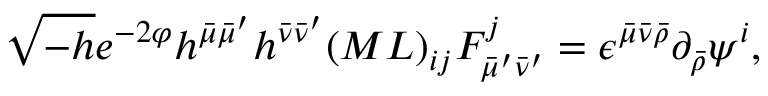
\sqrt { - h } e ^ { - 2 \varphi } h ^ { \bar { \mu } \bar { \mu } ^ { \prime } } h ^ { \bar { \nu } \bar { \nu } ^ { \prime } } ( M L ) _ { i j } { \cal F } _ { \bar { \mu } ^ { \prime } \bar { \nu } ^ { \prime } } ^ { j } = \epsilon ^ { \bar { \mu } \bar { \nu } \bar { \rho } } \partial _ { \bar { \rho } } \psi ^ { i } ,